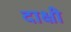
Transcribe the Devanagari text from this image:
दाक्षी